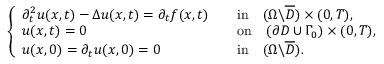
\begin{array} { r } { \left\{ \begin{array} { l l l } { \partial _ { t } ^ { 2 } u ( x , t ) - \Delta u ( x , t ) = \partial _ { t } f ( x , t ) } & & { \mathrm { i n } \quad ( \Omega \backslash \overline { { D } } ) \times ( 0 , T ) , } \\ { u ( x , t ) = 0 \quad } & & { \mathrm { o n } \quad ( \partial D \cup \Gamma _ { 0 } ) \times ( 0 , T ) , } \\ { u ( x , 0 ) = \partial _ { t } u ( x , 0 ) = 0 } & & { \mathrm { i n } \quad ( \Omega \backslash \overline { { D } } ) . } \end{array} \right. } \end{array}